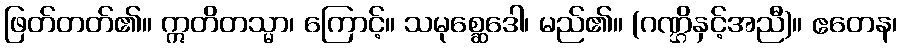
ဖြတ်တတ်၏။ ဣတိတသ္မာ၊ ကြောင့်။ သမုစ္ဆေဒေါ၊ မည်၏။ (ဂဏ္ဌိနှင့်အညီ)။ ဧတေန၊